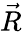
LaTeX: \vec{R}